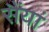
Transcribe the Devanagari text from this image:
सैंयां